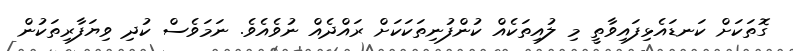
ގޮތަކަށް ކަނޑައެޅިފައިވާތީ މި ލުއިތަކެއް ކުންފުނިތަކަކަށް ރައްދެއް ނުވެއެވެ. ނަމަވެސް ކުދި ވިޔަފާރިތަކުން